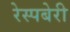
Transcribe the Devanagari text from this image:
रेस्पबेरी